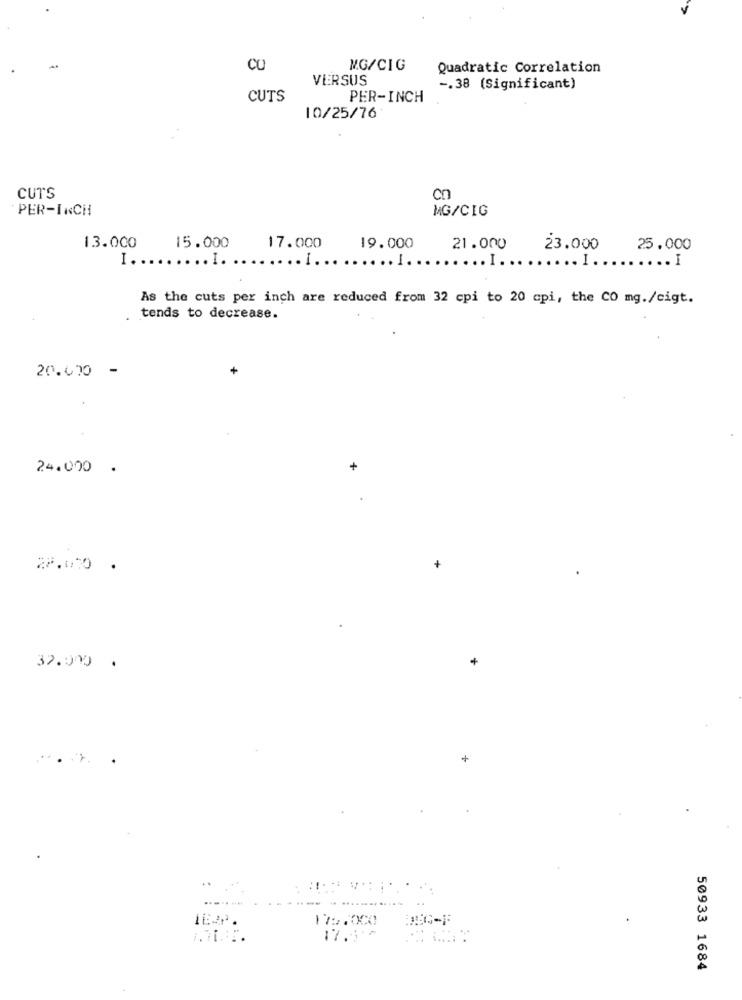
CU
MG/CIG
Quadratic Correlation
VERSUS
-. 38 (Significant)
CUTS
PER-INCH
10/25/76
CUTS
cn
PER-INCH
MG/CIG
13.000
15.000
17.000
19.000
21.000
23.000
25.000
I ..
........ ............ ........
.I.
... I.
..... I
As the cuts per inch are reduced from 32 cpi to 20 cpi, the CO mg./cigt.
. tends to decrease.
-
20.670
24.000 .
32.000 .
...... .
+
175.000
DEG-F
17.5 +
50933 1684